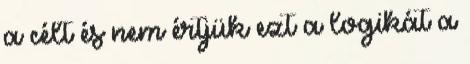
a célt és nem értjük ezt a logikát a